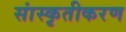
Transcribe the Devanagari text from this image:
सांस्कृतीकरण